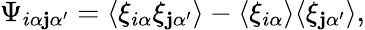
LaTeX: \Psi_{i\alpha\mathbf{j}\alpha^{\prime}}=\langle\xi_{i\alpha}\xi_{\mathbf{j}\alpha^{\prime}}\rangle-\langle\xi_{i\alpha}\rangle\langle\xi_{\mathbf{j}\alpha^{\prime}}\rangle,